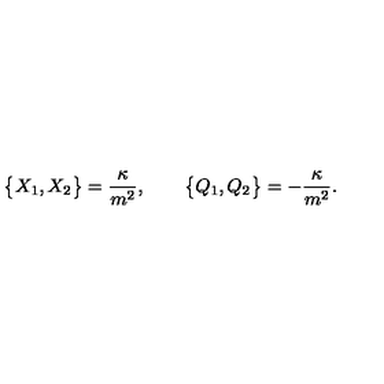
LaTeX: \big \{ X _ { 1 } , X _ { 2 } \big \} = \frac { \kappa } { m ^ { 2 } } , \qquad \big \{ Q _ { 1 } , Q _ { 2 } \big \} = - \frac { \kappa } { m ^ { 2 } } .